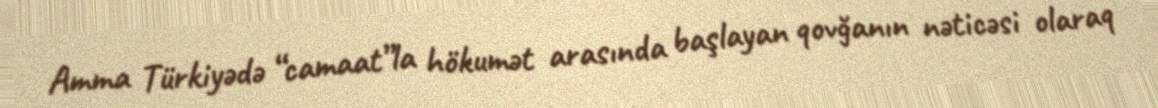
Amma Türkiyədə “camaat”la hökumət arasında başlayan qovğanın nəticəsi olaraq